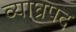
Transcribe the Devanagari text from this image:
व्याघ्रपद